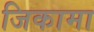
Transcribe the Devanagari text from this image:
जिकामा